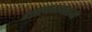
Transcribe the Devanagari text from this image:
शास्त्रव्यवसायी